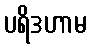
ပရိဒဟာမ